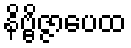
နိဗ္ဗိဇ္ဇာပေထ